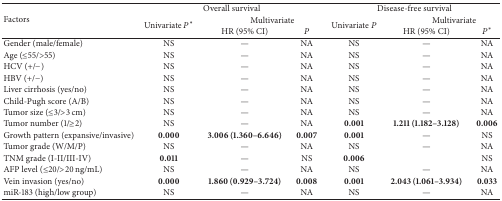
| <ROWSPAN=3> Factors | <COLSPAN=3> Overall survival | <COLSPAN=3> Disease-free survival |
 | <ROWSPAN=2> Univariate P* | <COLSPAN=2> Multivariate | <ROWSPAN=2> Univariate P | <COLSPAN=2> Multivariate |
 | HR (95% CI) | P | HR (95% CI) | P* |
 | --- | --- | --- | --- | --- | --- | --- |
 | Gender (male/female) | NS | — | NA | NS | — | NA |
 | Age (≤55/>55) | NS | — | NA | NS | — | NA |
 | HCV (+/−) | NS | — | NA | NS | — | NA |
 | HBV (+/−) | NS | — | NA | NS | — | NA |
 | Liver cirrhosis (yes/no) | NS | — | NA | NS | — | NA |
 | Child-Pugh score (A/B) | NS | — | NA | NS | — | NA |
 | Tumor size (≤3/>3 cm) | NS | — | NA | NS | — | NA |
 | Tumor number (1/≥2) | NS | — | NA | 0.001 | 1.211 (1.182–3.128) | 0.006 |
 | Growth pattern (expansive/invasive) | 0.000 | 3.006 (1.360–6.646) | 0.007 | 0.001 | — | NS |
 | Tumor grade (W/M/P) | NS | — | NA | NS | — | NA |
 | TNM grade (I-II/III-IV) | 0.011 | — | NS | 0.006 |  | NS |
 | AFP level (≤20/>20 ng/mL) | NS | — | NA | NS | — | NA |
 | Vein invasion (yes/no) | 0.000 | 1.860 (0.929–3.724) | 0.008 | 0.001 | 2.043 (1.061–3.934) | 0.033 |
 | miR-183 (high/low group) | NS | — | NA | NS | — | NA |